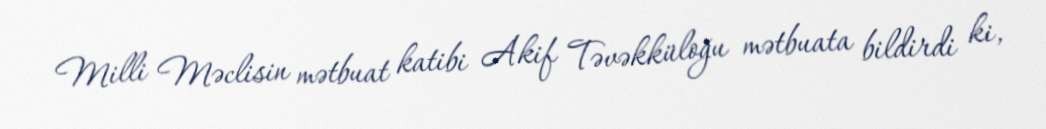
Milli Məclisin mətbuat katibi Akif Təvəkküloğu mətbuata bildirdi ki,